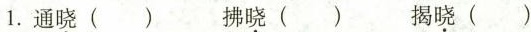
1.通晓() 拂晓() 揭晓()